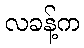
လခန့်က